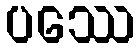
ပဿေ